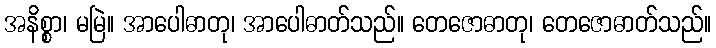
အနိစ္စာ၊ မမြဲ။ အာပေါဓာတု၊ အာပေါဓာတ်သည်။ တေဇောဓာတု၊ တေဇောဓာတ်သည်။